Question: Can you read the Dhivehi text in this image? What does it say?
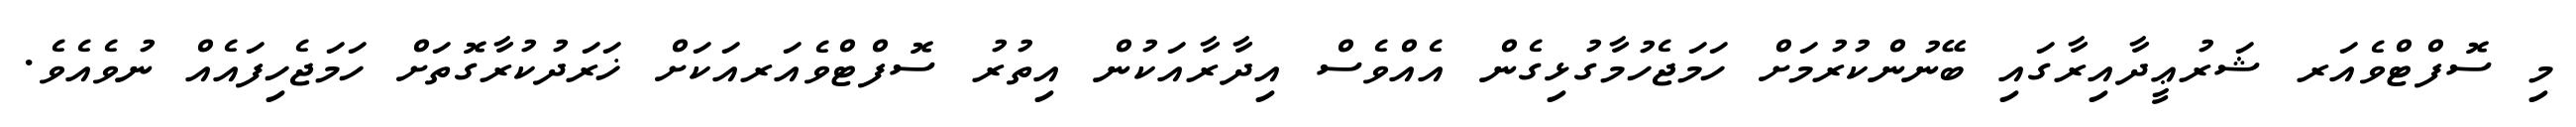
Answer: މި ސޮފްޓްވެއަރ ޝަރުޢީދާއިރާގައި ބޭނުންކުރުމަށް ހަމަޖެހުމާގުޅިގެން އެއްވެސް އިދާރާއަކުން އިތުރު ސޮފްޓްވެއަރއަކަށް ޚަރަދުކުރާގޮތަށް ހަމަޖެހިފައެއް ނުވެއެވެ.